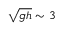
\sqrt { g h } \sim 3